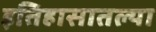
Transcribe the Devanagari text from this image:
इतिहासातल्या